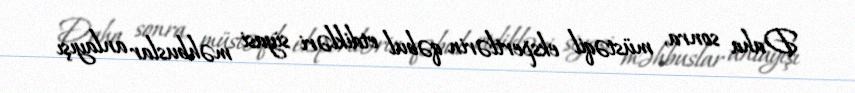
Daha sonra, müstəqil ekspertlərin qəbul etdikləri siyasi məhbuslar anlayışı